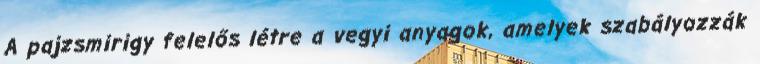
A pajzsmirigy felelős létre a vegyi anyagok, amelyek szabályozzák